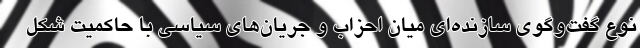
نوع گفت‌وگوی سازنده‌ای میان احزاب و جریان‌های سیاسی با حاکمیت شکل